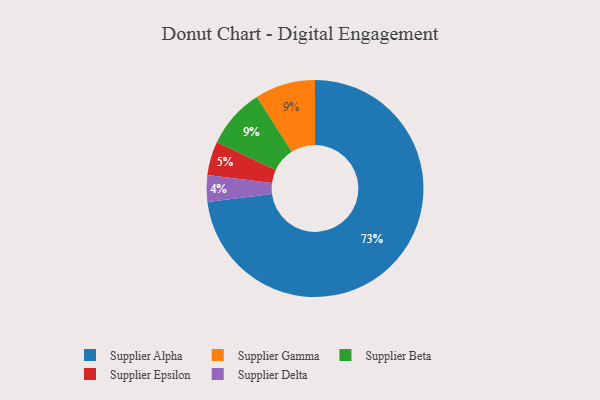
{"axis": {"x": "Category", "y": "Percentage"}, "legend": ["Supplier Alpha", "Supplier Beta", "Supplier Delta", "Supplier Epsilon", "Supplier Gamma"], "data": [{"x": "Supplier Gamma", "y": 9, "type": "Supplier Gamma"}, {"x": "Supplier Delta", "y": 4, "type": "Supplier Delta"}, {"x": "Supplier Beta", "y": 9, "type": "Supplier Beta"}, {"x": "Supplier Alpha", "y": 73, "type": "Supplier Alpha"}, {"x": "Supplier Epsilon", "y": 5, "type": "Supplier Epsilon"}]}